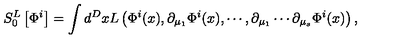
S _ { 0 } ^ { L } \left[ \Phi ^ { i } \right] = \int d ^ { D } x L \left( \Phi ^ { i } ( x ) , \partial _ { \mu _ { 1 } } \Phi ^ { i } ( x ) , \cdots , \partial _ { \mu _ { 1 } } \cdots \partial _ { \mu _ { s } } \Phi ^ { i } ( x ) \right) ,